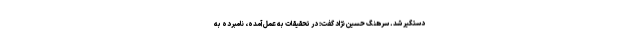
دستگیر شد. سرهنگ حسین نژاد گفت: در تحقیقات به عمل آمده، نامبرده به